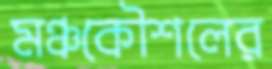
মঞ্চকৌশলের